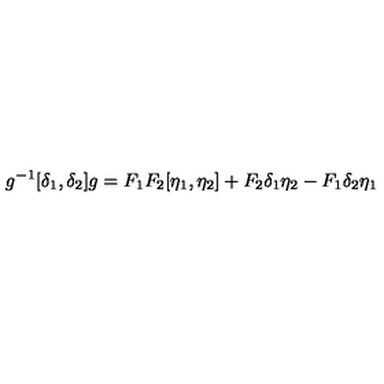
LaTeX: g ^ { - 1 } [ \delta _ { 1 } , \delta _ { 2 } ] g = F _ { 1 } F _ { 2 } [ \eta _ { 1 } , \eta _ { 2 } ] + F _ { 2 } \delta _ { 1 } \eta _ { 2 } - F _ { 1 } \delta _ { 2 } \eta _ { 1 }